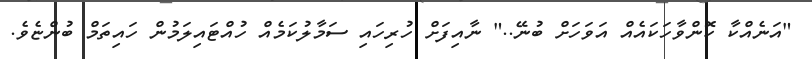
"އަނެއްކާ ކޮންވާހަކައެއް އަވަހަށް ބުނޭ.." ނާއިފަށް ހުރިހައި ސަމާލުކަމެއް ހުއްޓައިލަމުން ހައިތަމް ބުންޏެވެ.